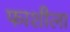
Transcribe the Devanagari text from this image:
फाशीला